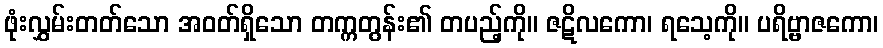
ဖုံးလွှမ်းတတ်သော အဝတ်ရှိသော တက္ကတွန်း၏ တပည့်ကို။ ဇဋိလကော၊ ရသေ့ကို။ ပရိဗ္ဗာဇကော၊